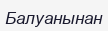
Балуанынан